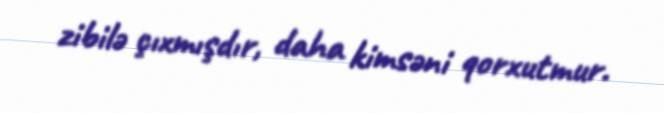
zibilə çıxmışdır, daha kimsəni qorxutmur.